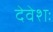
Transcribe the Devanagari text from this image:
देवेशः